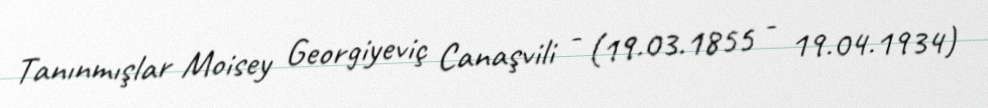
Tanınmışlar Moisey Georgiyeviç Canaşvili - (19.03.1855 - 19.04.1934)